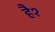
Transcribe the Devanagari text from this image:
है१